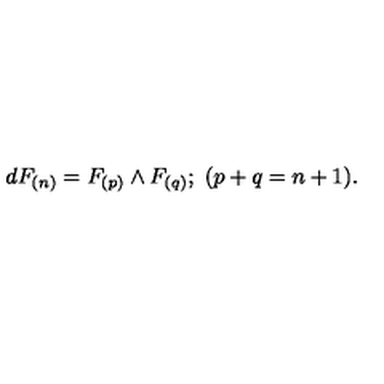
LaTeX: d F _ { ( n ) } = F _ { ( p ) } \wedge F _ { ( q ) } ; \ ( p + q = n + 1 ) .